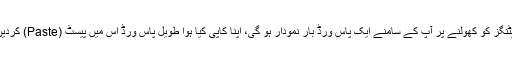
سیٹنگز کو کھولنے پر آپ کے سامنے ایک پاس ورڈ بار نمودار ہو گی، اپنا کاپی کیا ہوا طویل پاس ورڈ اس میں پیسٹ (Paste) کردیں ۔